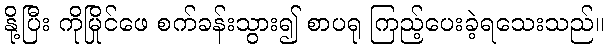
နို့ပြီး ကိုမြိုင်ဖေ စက်ခန်းသွား၍ စာပရု ကြည့်ပေးခဲ့ရသေးသည်။